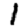
Digit: 1